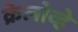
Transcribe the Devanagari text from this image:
क्रेलोव्हे